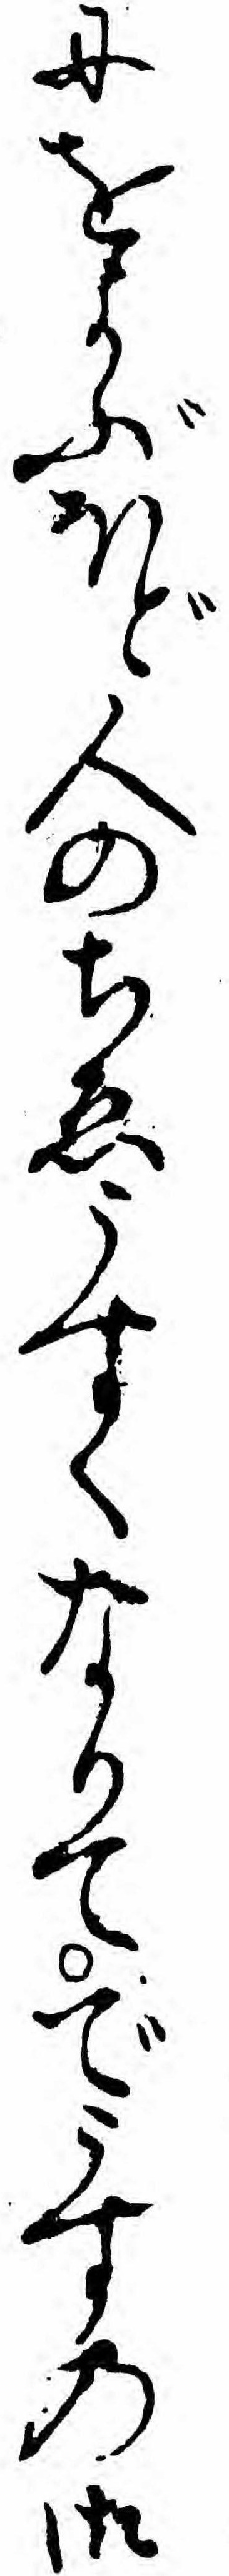
にをよぶほど人のちゑうすくなりてでうすの御